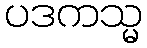
ပဒကသ္မ